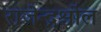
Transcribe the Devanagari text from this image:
राजेन्द्रश्चोल